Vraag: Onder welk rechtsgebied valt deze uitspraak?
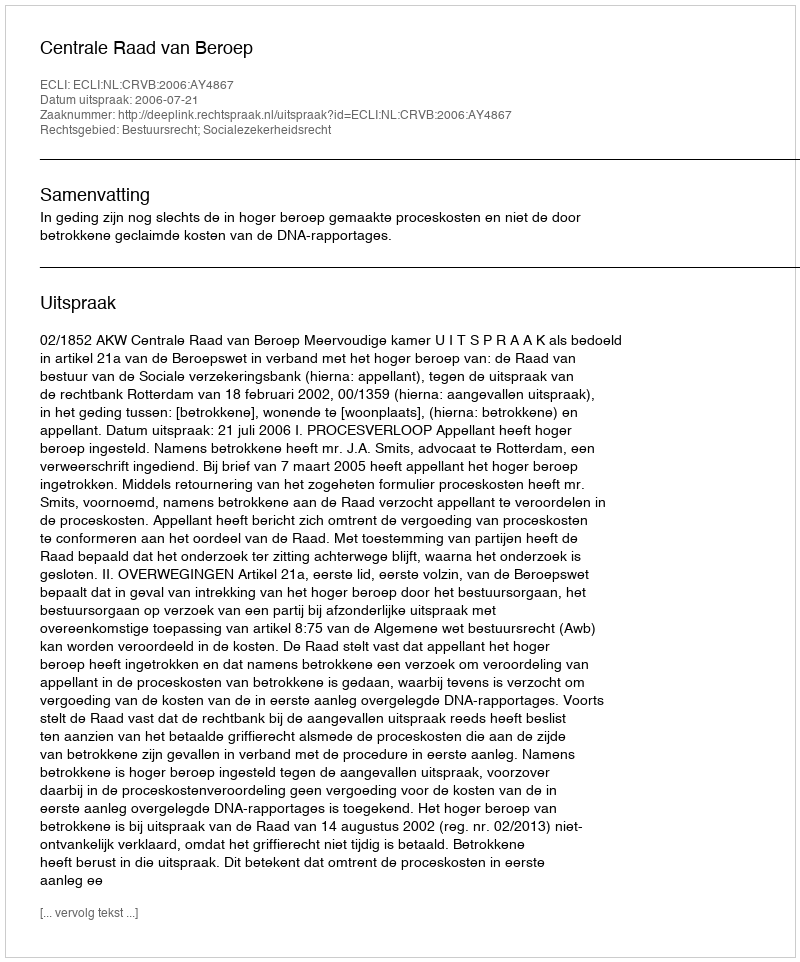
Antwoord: Bestuursrecht; Socialezekerheidsrecht